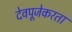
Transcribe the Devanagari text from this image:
देवपूजेकरता